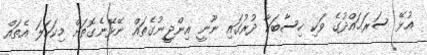
އުޅޭ ސަރަޙައްދުގެ ވަކި ހިސާބަކާ ދުރުގައި ނޫނީ އިންޖީނުގެތައް ނޭޅޭނެގޮތަށް މިކަހަލަ އެތައް